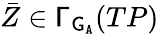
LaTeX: \bar{Z}\in\mathsf{\Gamma}_{{\mathsf{G}}_{\mathtt{A}}}(TP)